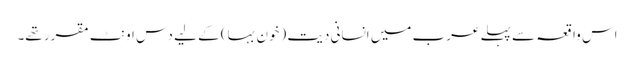
اس واقعہ سے پہلے عرب میں انسانی دیت (خون بہا) کے لیے دس اونٹ مقرر تھے۔